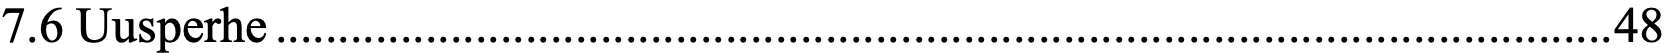
7.6 Uusperhe ........................................................................................................... 48